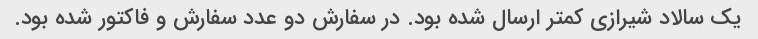
یک سالاد شیرازی کمتر ارسال شده بود. در سفارش دو عدد سفارش و فاکتور شده بود.